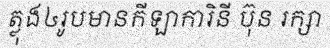
ត្លុង៤រូបមានកីឡាការិនី ប៊ុន រក្សា